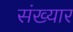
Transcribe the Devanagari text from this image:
संख्यार